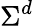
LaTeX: \Sigma^{d}